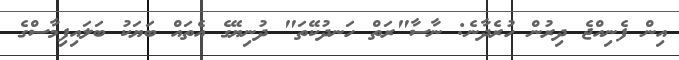
އިން ފެނިއްޖެ ދިރުން ހުރެދާނެ: ނާސާ"ރަތް ހަނދުކޭތަ" ދުނިޔޭގެ އެތައް ބަޔަކު ބަލައިފިމާސްގެ